Problem: 19 + 23 = ?
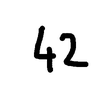
Handwritten answer: 42